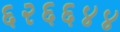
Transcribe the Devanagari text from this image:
६२६६४४